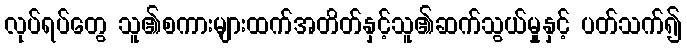
လုပ်ရပ်တွေ သူ၏စကားများထက်အတိတ်နှင့်သူ၏ဆက်သွယ်မှုနှင့် ပတ်သက်၍